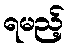
ရမည့်